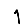
Digit: 1